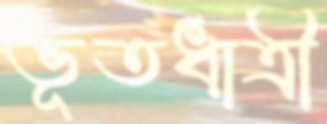
ভূতধাত্রী